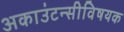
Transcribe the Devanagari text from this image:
अकाउंटन्सीविषयक